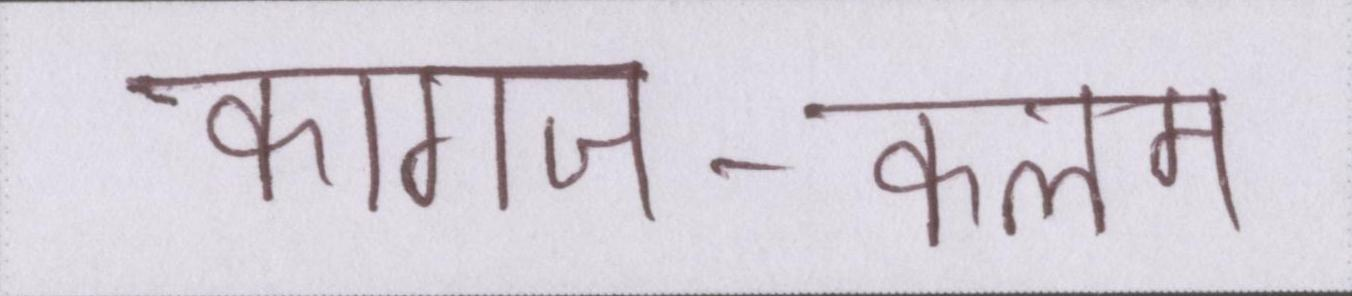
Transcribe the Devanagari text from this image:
कागज-कलम